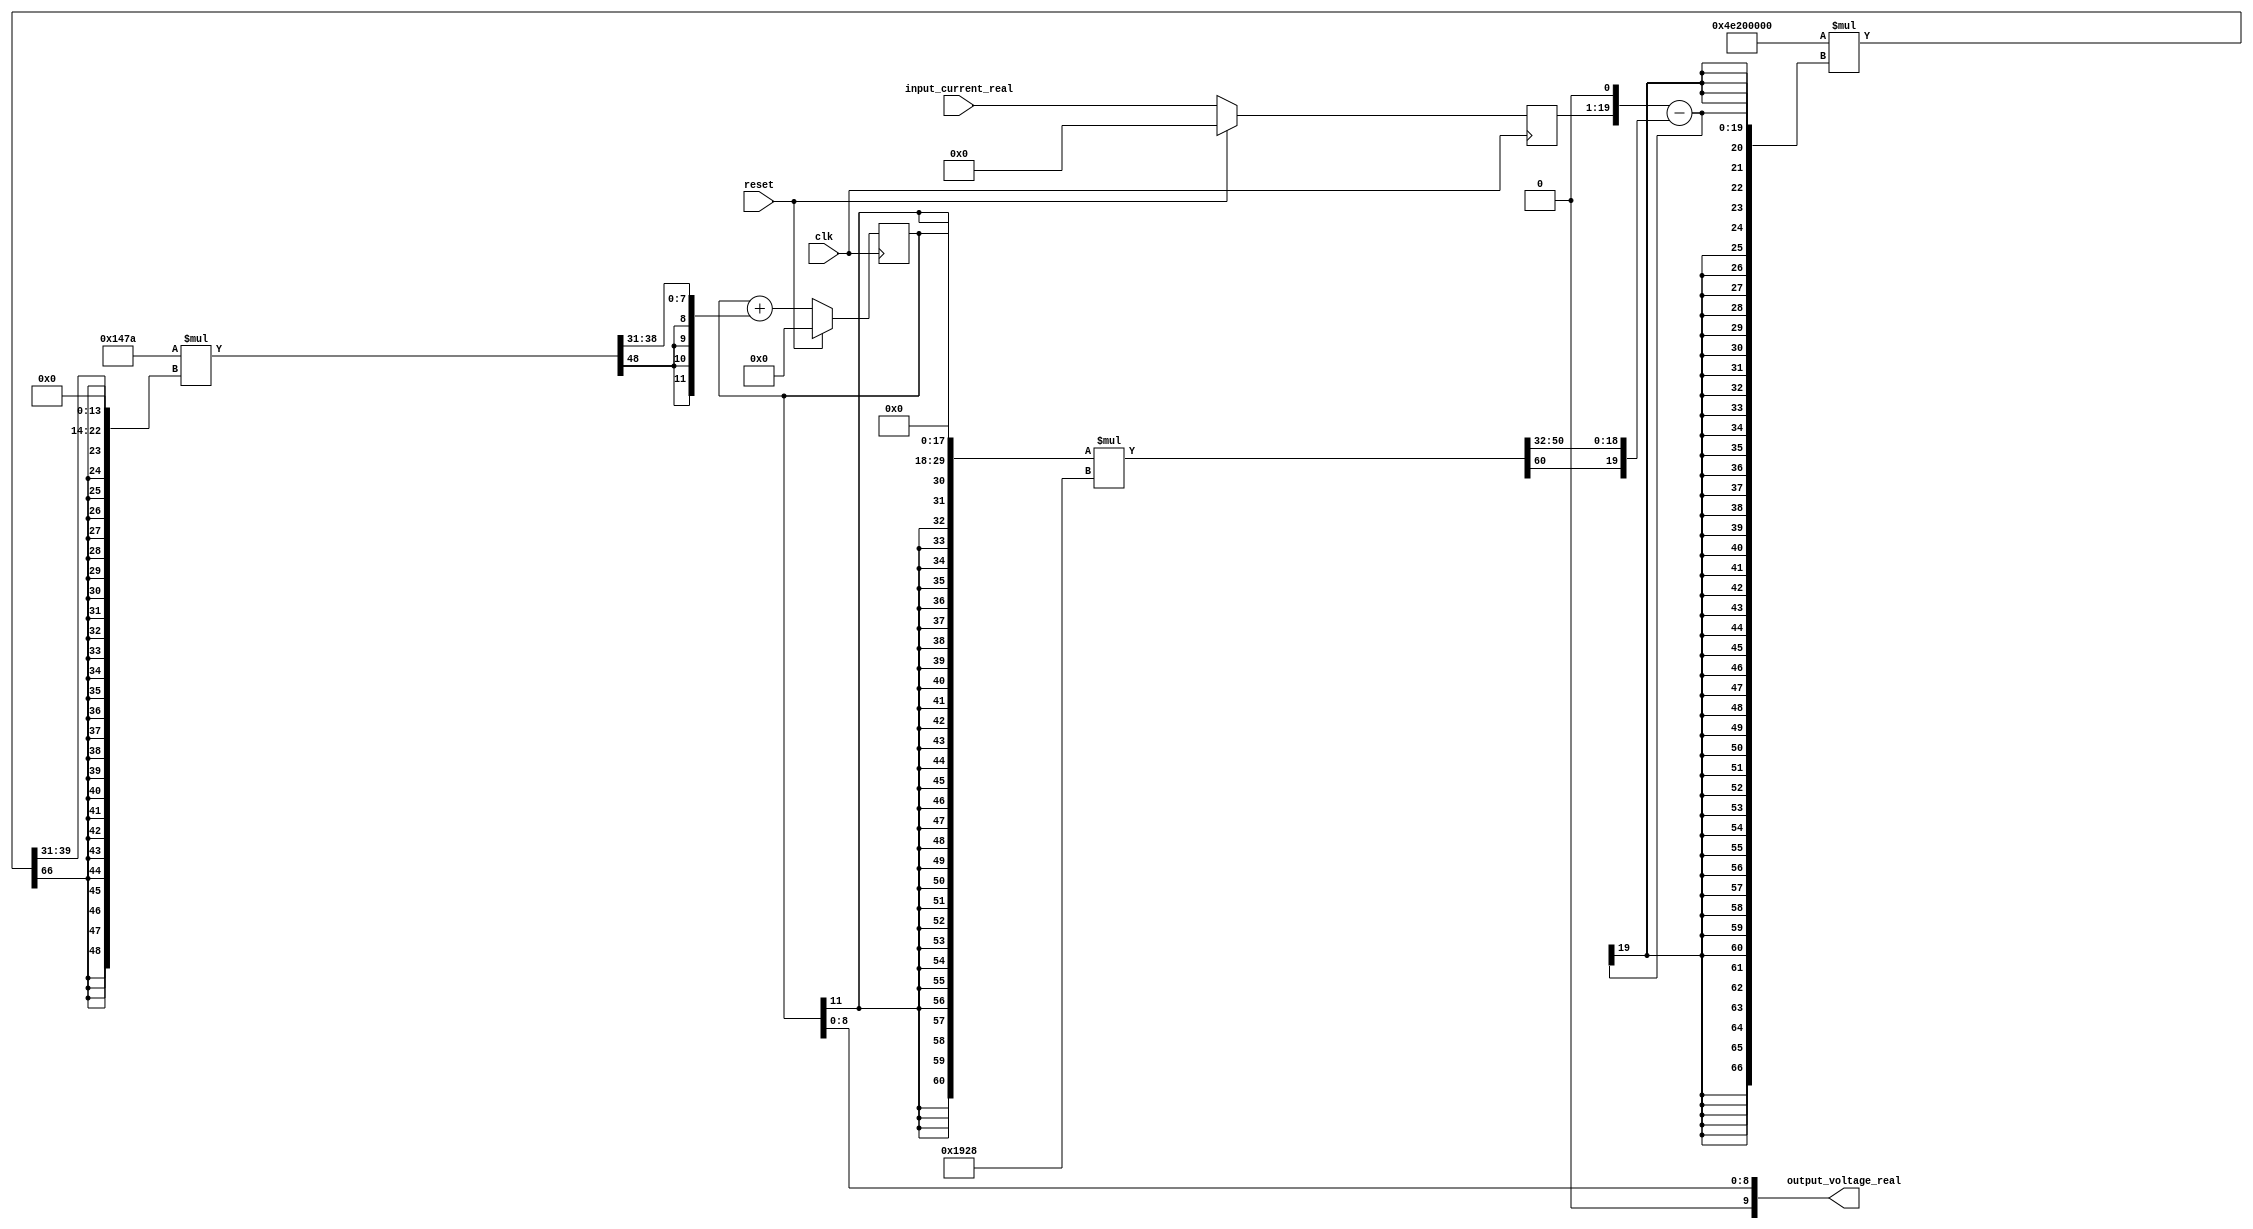


module loop_filter #
(
  parameter C_one = 1677,
  parameter C_two = 1441,
  parameter R = 1302
)
(
  input clk,
  input reset,
  input [19-1:0] input_current_real,
  output [10-1:0] output_voltage_real
);

  reg [12-1:0] v_o;
  reg [19-1:0] i_r;
  wire [11-1:0] truncval_0;
  wire [12-1:0] toUsInt_1;
  assign toUsInt_1 = v_o;
  assign truncval_0 = toUsInt_1[8:0];
  assign output_voltage_real = truncval_0[9:0];
  wire [16-1:0] truncR_2;
  wire [16-1:0] padl_3;
  wire [13-1:0] padl_bits_4;
  wire [40-1:0] truncR_5;
  wire [49-1:0] truncval_6;
  wire [49-1:0] padl_7;
  wire [24-1:0] padl_bits_8;
  wire [24-1:0] padl_9;
  wire [20-1:0] padl_bits_10;
  wire [1-1:0] toSInt_11;
  assign toSInt_11 = 0;
  wire [20-1:0] toSInt_imm_12;
  wire [19-1:0] const_13;
  assign const_13 = 5242;
  assign toSInt_imm_12 = { toSInt_11, const_13 };
  assign padl_bits_10 = toSInt_imm_12;
  assign padl_9 = { { 4{ padl_bits_10[19] } }, padl_bits_10 };
  assign padl_bits_8 = padl_9;
  assign padl_7 = { { 25{ padl_bits_8[23] } }, padl_bits_8 };
  wire [49-1:0] padl_14;
  wire [24-1:0] padl_bits_15;
  wire [24-1:0] padr_16;
  wire [14-1:0] padr_bits_17;
  assign padr_bits_17 = 0;
  wire [41-1:0] truncR_18;
  wire [67-1:0] truncval_19;
  wire [67-1:0] padl_20;
  wire [33-1:0] padl_bits_21;
  wire [33-1:0] padr_22;
  wire [18-1:0] padr_bits_23;
  assign padr_bits_23 = 0;
  wire [1-1:0] toSInt_24;
  assign toSInt_24 = 0;
  wire [15-1:0] toSInt_imm_25;
  wire [14-1:0] const_26;
  assign const_26 = 5000;
  assign toSInt_imm_25 = { toSInt_24, const_26 };
  assign padr_22 = { toSInt_imm_25, padr_bits_23 };
  assign padl_bits_21 = padr_22;
  assign padl_20 = { { 34{ padl_bits_21[32] } }, padl_bits_21 };
  wire [67-1:0] padl_27;
  wire [33-1:0] padl_bits_28;
  wire [33-1:0] padl_29;
  wire [20-1:0] padl_bits_30;
  wire [20-1:0] padr_31;
  wire [1-1:0] padr_bits_32;
  assign padr_bits_32 = 0;
  assign padr_31 = { i_r, padr_bits_32 };
  wire [52-1:0] truncR_33;
  wire [61-1:0] truncval_34;
  wire [61-1:0] padl_35;
  wire [30-1:0] padl_bits_36;
  wire [30-1:0] padr_37;
  wire [18-1:0] padr_bits_38;
  assign padr_bits_38 = 0;
  assign padr_37 = { v_o, padr_bits_38 };
  assign padl_bits_36 = padr_37;
  assign padl_35 = { { 31{ padl_bits_36[29] } }, padl_bits_36 };
  wire [61-1:0] padl_39;
  wire [30-1:0] padl_bits_40;
  wire [30-1:0] padl_41;
  wire [26-1:0] padl_bits_42;
  wire [1-1:0] toSInt_43;
  assign toSInt_43 = 0;
  wire [26-1:0] toSInt_imm_44;
  wire [25-1:0] const_45;
  assign const_45 = 6440;
  assign toSInt_imm_44 = { toSInt_43, const_45 };
  assign padl_bits_42 = toSInt_imm_44;
  assign padl_41 = { { 4{ padl_bits_42[25] } }, padl_bits_42 };
  assign padl_bits_40 = padl_41;
  assign padl_39 = { { 31{ padl_bits_40[29] } }, padl_bits_40 };
  assign truncval_34 = padl_35 * padl_39;
  wire [52-1:0] truncval_imm_46;
  assign truncval_imm_46 = { truncval_34[60], truncval_34[50:0] };
  assign truncR_33 = truncval_imm_46;
  wire [20-1:0] truncR_shift_47;
  assign truncR_shift_47 = truncR_33 >>> 32;
  wire [20-1:0] truncR_imm_48;
  assign truncR_imm_48 = (truncR_33[51])? truncR_shift_47[19:0] : truncR_33[51:32];
  assign padl_bits_30 = padr_31 - truncR_imm_48;
  assign padl_29 = { { 13{ padl_bits_30[19] } }, padl_bits_30 };
  assign padl_bits_28 = padl_29;
  assign padl_27 = { { 34{ padl_bits_28[32] } }, padl_bits_28 };
  assign truncval_19 = padl_20 * padl_27;
  wire [41-1:0] truncval_imm_49;
  assign truncval_imm_49 = { truncval_19[66], truncval_19[39:0] };
  assign truncR_18 = truncval_imm_49;
  wire [10-1:0] truncR_shift_50;
  assign truncR_shift_50 = truncR_18 >>> 31;
  wire [10-1:0] truncR_imm_51;
  assign truncR_imm_51 = (truncR_18[40])? truncR_shift_50[9:0] : truncR_18[40:31];
  assign padr_16 = { truncR_imm_51, padr_bits_17 };
  assign padl_bits_15 = padr_16;
  assign padl_14 = { { 25{ padl_bits_15[23] } }, padl_bits_15 };
  assign truncval_6 = padl_7 * padl_14;
  wire [40-1:0] truncval_imm_52;
  assign truncval_imm_52 = { truncval_6[48], truncval_6[38:0] };
  assign truncR_5 = truncval_imm_52;
  wire [13-1:0] truncR_shift_53;
  assign truncR_shift_53 = truncR_5 >>> 27;
  wire [13-1:0] truncR_imm_54;
  assign truncR_imm_54 = (truncR_5[39])? truncR_shift_53[12:0] : truncR_5[39:27];
  assign padl_bits_4 = truncR_imm_54;
  assign padl_3 = { { 3{ padl_bits_4[12] } }, padl_bits_4 };
  assign truncR_2 = padl_3;
  wire [12-1:0] truncR_shift_55;
  assign truncR_shift_55 = truncR_2 >>> 4;
  wire [12-1:0] truncR_imm_56;
  assign truncR_imm_56 = (truncR_2[15])? truncR_shift_55[11:0] : truncR_2[15:4];

  always @(posedge clk) begin
    if(reset) begin
      i_r <= 0;
    end else begin
      i_r <= input_current_real;
    end
    if(reset) begin
      v_o <= 0;
    end else begin
      v_o <= v_o + truncR_imm_56;
    end
  end


endmodule